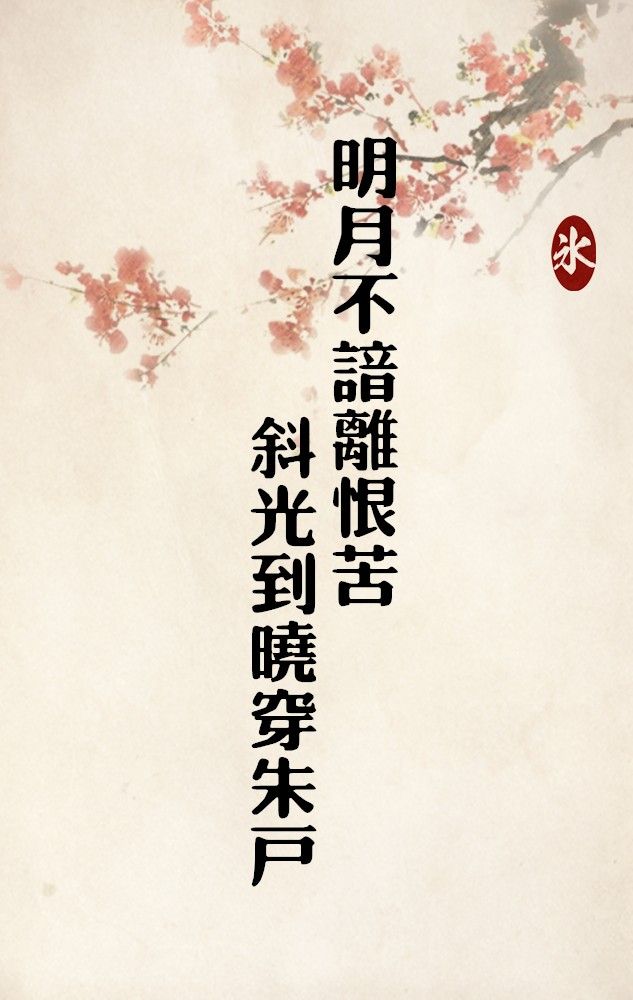
明月不谙离恨苦。斜光到晓穿朱户。